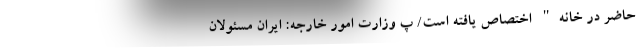
حاضر در خانه" اختصاص یافته است/ پ وزارت امور خارجه: ایران مسئولان